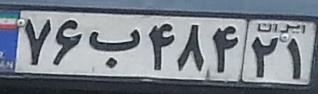
۷۶ب۴۸۴۲۱